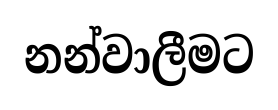
නන්වාලීමට